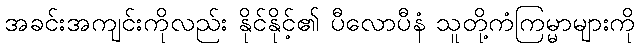
အခင်းအကျင်းကိုလည်း နိုင်နိုင့်၏ ပီလောပီနံ သူတို့ကံကြမ္မာများကို